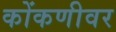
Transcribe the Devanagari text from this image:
कोंकणीवर